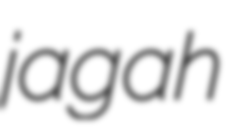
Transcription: jagah